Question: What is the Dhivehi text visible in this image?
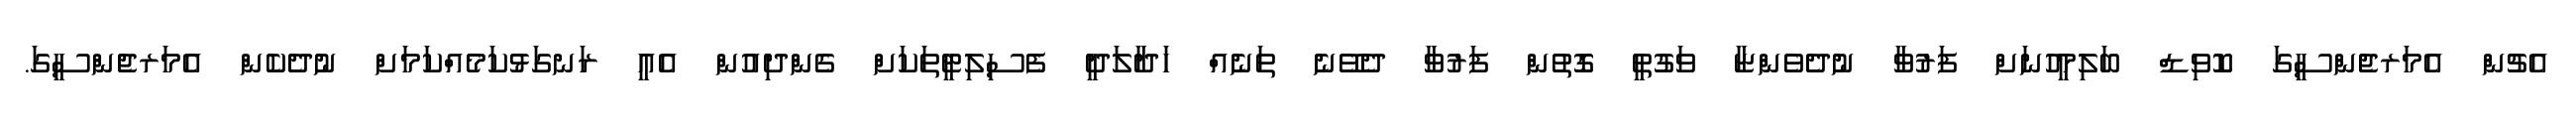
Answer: އެޗުން އެމަރޖެންސީގަ ކޮވިޑް ބަލިމީހުނަށް ފަރުވާ ނުދެވެންޏާ ވަގުތީ ގޮތުން ފަރުވާ ދެވޭނެ ތަނެއް ހަދާލަދީ ފެސިލިޓީތަކަށް ގެންދިއުން އެއީ ރަނގަޅުކަމެއްކަމަށް ނުދެކެން އެމަރޖެންސީގަ.